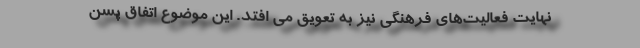
نهایت فعالیت‌های فرهنگی نیز به تعویق می افتد. این موضوع اتفاق پسن